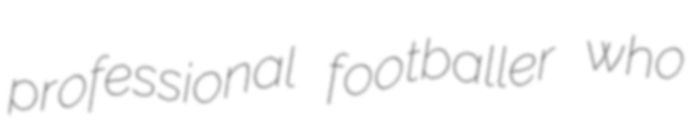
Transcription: professional footballer who